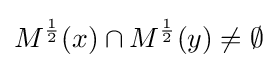
M^{\frac {1}{2}}(x)\cap M^{\frac {1}{2}}(y)\neq \emptyset